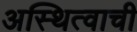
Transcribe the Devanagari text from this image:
अस्थित्वाची